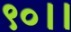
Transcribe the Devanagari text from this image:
९०।।